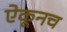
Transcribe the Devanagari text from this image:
ऐकूनच